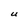
Character: U